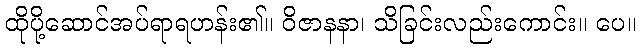
ထိုပို့ဆောင်အပ်ရာရဟန်း၏။ ဝိဇာနနာ၊ သိခြင်းလည်းကောင်း။ ပေ။